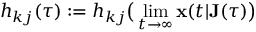
h _ { k j } ( \tau ) : = h _ { k j } \big ( \operatorname* { l i m } _ { t \rightarrow \infty } \mathbf { x } ( t | \mathbf { J } ( \tau ) \big )